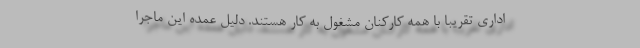
اداری تقریبا با همه کارکنان مشغول به کار هستند. دلیل عمده این ماجرا